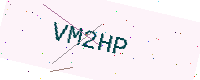
Text: VM2HP